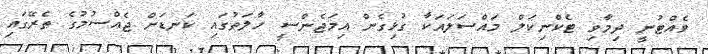
ވެއްޓުނީ ދިމާވި ޓެކްނިކަލް މައްސަލައަކާ ގުޅިގެން އިމަޖެންސީ ހާލަތުގައި ކަނޑަށް ޖެއްސުމުގެ ތެރޭގައި